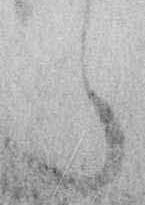
ら